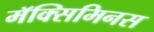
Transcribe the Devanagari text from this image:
मॅक्सिमिनस